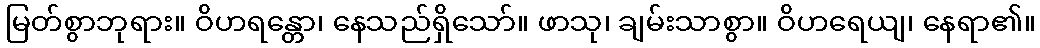
မြတ်စွာဘုရား။ ဝိဟရန္တော၊ နေသည်ရှိသော်။ ဖာသု၊ ချမ်းသာစွာ။ ဝိဟရေယျ၊ နေရာ၏။